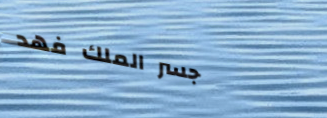
جسر الملك فهد